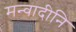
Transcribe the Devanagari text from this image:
मन्वादीनि